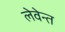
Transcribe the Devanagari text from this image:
लेवेन्त